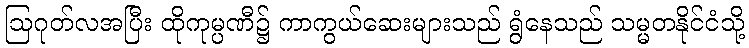
ဩဂုတ်လအပြီး ထိုကုမ္ပဏီ၌ ကာကွယ်ဆေးများသည် ရွံနေသည် သမ္မတနိုင်ငံသို့